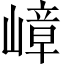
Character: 嶂